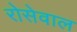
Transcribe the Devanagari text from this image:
रोसेवाल